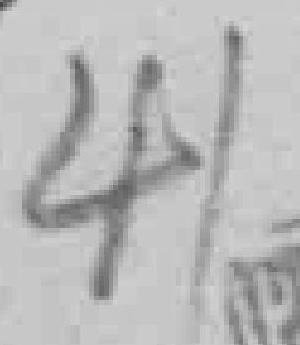
41